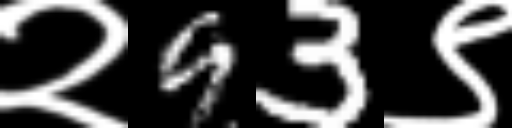
Text: २93९